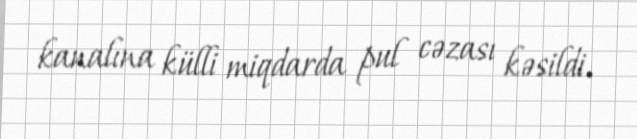
kanalına külli miqdarda pul cəzası kəsildi.